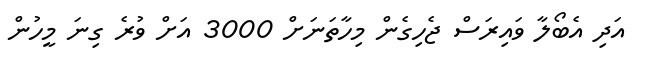
އަދި އެބޯލާ ވައިރަސް ޖެހިގެން މިހާތަނަށް 3000 އަށް ވުރެ ގިނަ މީހުން